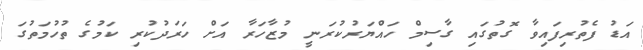
އަޑު ފެތުރިފައިވާ ގޮތުގައި ގާސިމް ހައްޔަރުކުރަނީ މުޒާހަރާ އަށް ހަރަދުކުރި ކަމުގެ ތުހުމަތުގަ